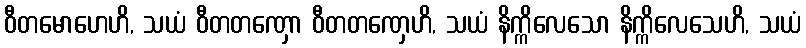
ဝီတမောဟေဟိ, သယံ ဝီတတဏှော ဝီတတဏှေဟိ, သယံ နိက္ကိလေသော နိက္ကိလေသေဟိ, သယံ